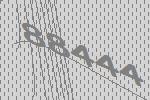
88444